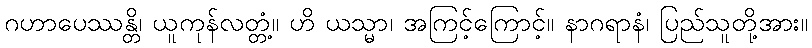
ဂဟာပေဿန္တိ၊ ယူကုန်လတ္တံ့။ ဟိ ယသ္မာ၊ အကြင့်ကြောင့်။ နာဂရာနံ၊ ပြည်သူတို့အား။